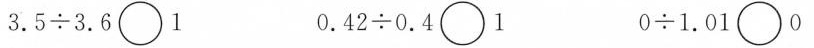
3.5÷3.6\circ 1 0.42÷0.4\circ 1 0÷1.01\circ 0